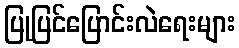
ပြုပြင်ပြောင်းလဲရေးများ